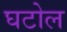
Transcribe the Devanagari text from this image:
घटोल